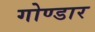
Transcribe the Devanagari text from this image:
गोण्डार